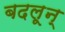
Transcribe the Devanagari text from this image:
बदलून्